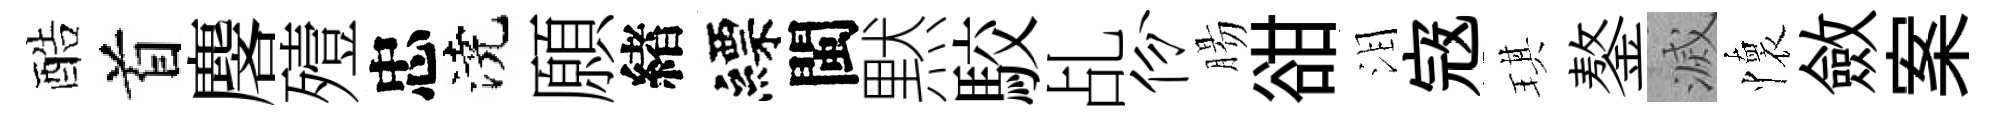
酷首麐殪忠澆願緖縹閩黙駮乩份腸𧮳泪𡨥琪鏊滅懷斂案